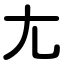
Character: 尢